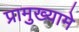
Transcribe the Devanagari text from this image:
प्रामुख्यामे